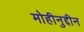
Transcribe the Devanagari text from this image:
मोहीनुद्दीन